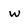
Character: w